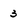
Character: 3